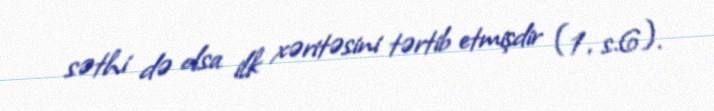
səthi də olsa ilk xəritəsini tərtib etmişdir (1, s.6).